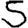
Digit: 5